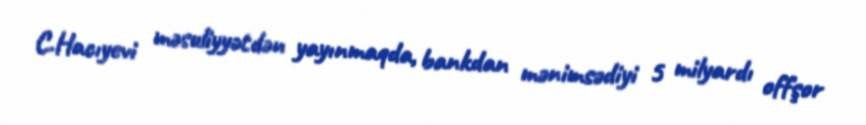
C.Hacıyevi məsuliyyətdən yayınmaqda, bankdan mənimsədiyi 5 milyardı offşor